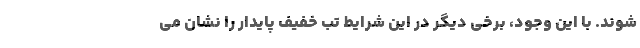
شوند. با این وجود، برخی دیگر در این شرایط تب خفیف پایدار را نشان می